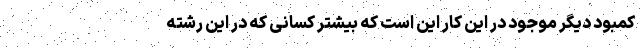
کمبود دیگر موجود در این کار این است که بیشتر کسانی که در این رشته